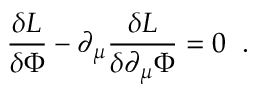
{ \frac { \delta { \cal L } } { \delta \Phi } } - \partial _ { \mu } { \frac { \delta { \cal L } } { \delta \partial _ { \mu } \Phi } } = 0 \; \; .